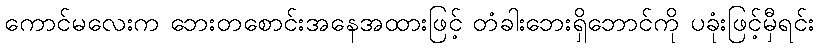
ကောင်မလေးက ဘေးတစောင်းအနေအထားဖြင့် တံခါးဘေးရှိဘောင်ကို ပခုံးဖြင့်မှီရင်း